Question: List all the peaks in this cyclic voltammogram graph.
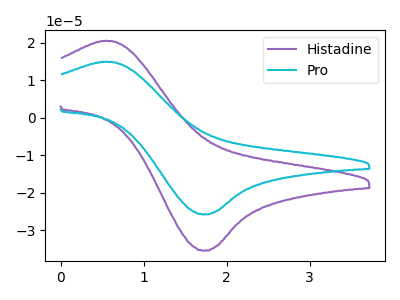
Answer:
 <answer>The purple curve "Histadine" has an anodic peak at (0.55V, 20.55uA) and a cathodic peak at (1.75V, -35.50uA). The cyan curve "Pro" has an anodic peak at (0.55V, 14.95uA) and a cathodic peak at (1.75V, -25.85uA).</answer>
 <eval></eval>